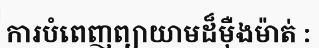
ការបំពេញព្យាយាមដ៏ម៉ឺងម៉ាត់ :